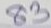
83